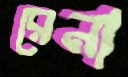
রেনা